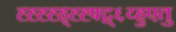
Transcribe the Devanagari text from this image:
ह्ह्ह्ह्ह्ह्ह्फ्द्ग्६य्हुएतु